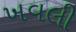
ખવલી